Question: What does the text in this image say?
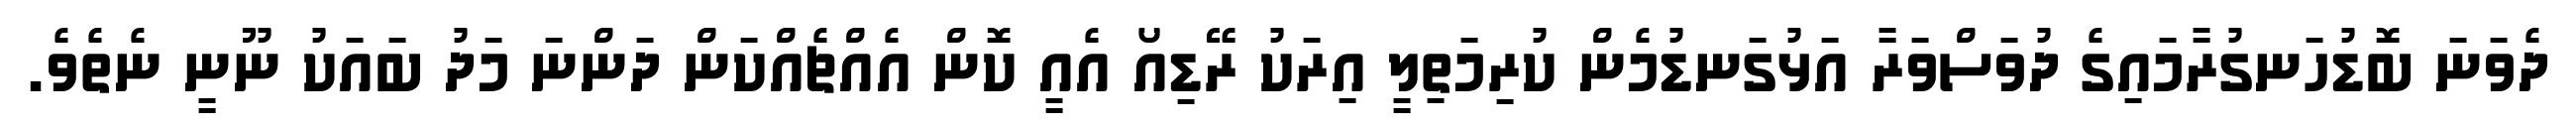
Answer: ދެވަނަ ބޮޑުހަނގުރާމައިގެ ދުވަސްވަރާ އަޅުގަނޑުމެން ކުރިމަތިލީ އިރަކު ރޭޑިއޯ އެއީ ކޮން އެއްޗެއްކަން ދަންނަ މަދު ބައަކު ނޫނީ ނެތެވެ.